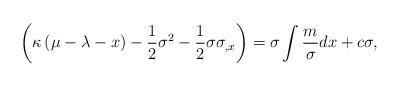
LaTeX: \begin{align*}\left( \kappa \left( \mu -\lambda -x\right) -\frac{1}{2}\sigma ^{2}-\frac{1}{2}\sigma \sigma _{,x}\right) =\sigma \int \frac{m}{\sigma }dx+c\sigma,\end{align*}